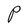
Character: P